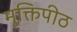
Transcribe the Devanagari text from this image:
मुक्तिपीठ